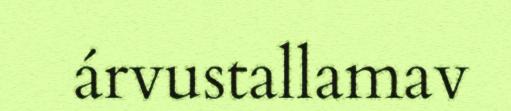
árvustallamav